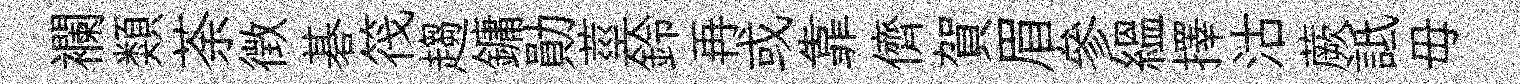
襴類荼徴碁筏趨鏞勛莖鈴再或靠儕賀眉參緼擇沽蕨詆毋